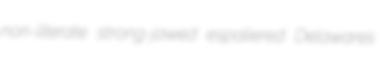
non-literate strong-jawed espaliered Delawares